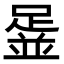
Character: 𨂞